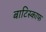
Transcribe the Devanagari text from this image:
बाटिस्काफ